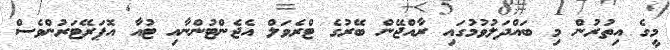
މީގެ އިތުރުން މި ބައްދަލުވުމުގައި ރާއްޖޭން ބޭރުގެ ޓްރެވަލް އެޖެންޓުންނާއި ޓުއާ އޮޕަރޭޓަރުންވެސް